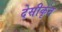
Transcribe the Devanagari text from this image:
देसीकृत